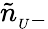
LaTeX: \tilde{n}_{{}_{U}-}